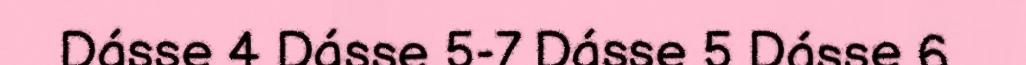
Dásse 4 Dásse 5-7 Dásse 5 Dásse 6